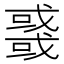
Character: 𢨋